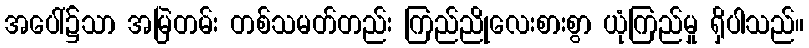
အပေါ်၌သာ အမြဲတမ်း တစ်သမတ်တည်း ကြည်ညိုလေးစားစွာ ယုံကြည်မှု ရှိပါသည်။